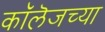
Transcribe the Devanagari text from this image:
काॅलॆजच्या